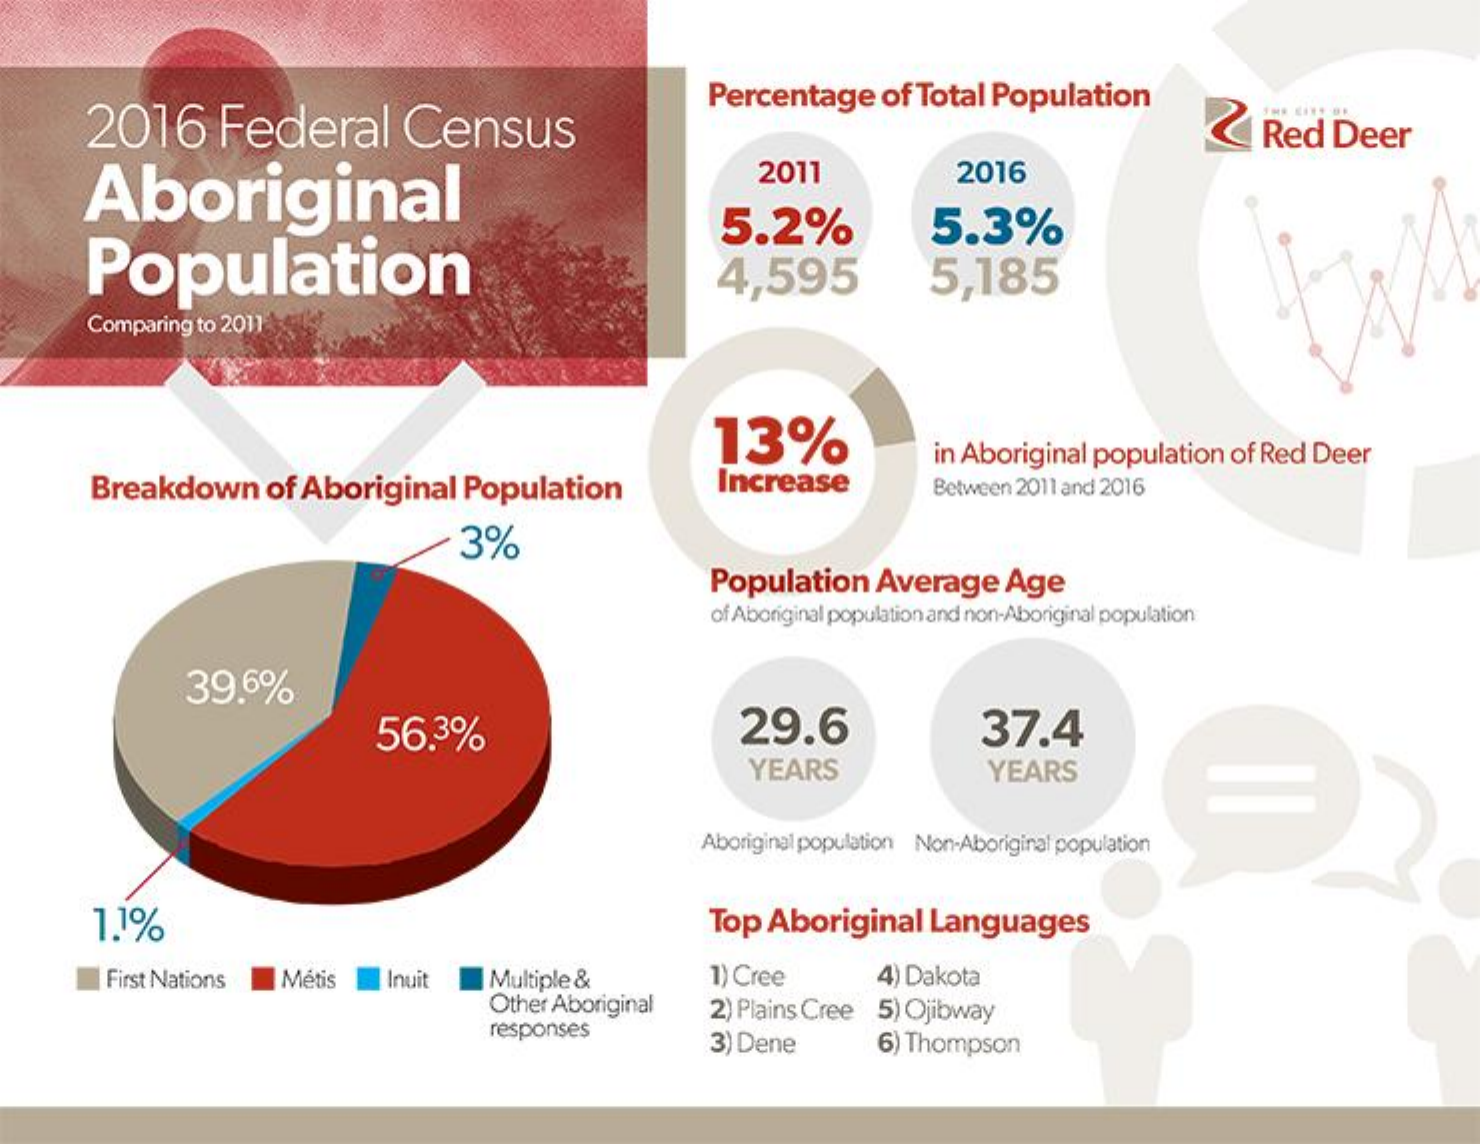
2016    Federal    Census
     Percentage    of  Total   Population
     Red    Deer
     Aboriginal
     2011    2016
     Population
     5.2%    5.3%
     4,595    5,185
     Comparing  to 2011
     13%
     Breakdown    of Aboriginal    Population
     in Aboriginal   population    of Red  Deer
     Increase    Between 2011 and 2016
     3%
     Population    Average    Age
     of Aboriginal population and non-Aboriginal population
     39.6%
     56.3%    29.6    37.4
     YEARS    YEARS
     Aboriginal population Non-Aboriginal population
     1.1%    Top   Aboriginal    Languages
     First Nations    Métis    Inuit    Multiple &    1) Cree    4) Dakota
     Other Aboriginal
     responses
     2) Plains Cree  5) Ojibway
     3) Dene    6) Thompson